Civil Veterinary Department Bihar reports 1936-40 - 1936-1940
Year: 1936
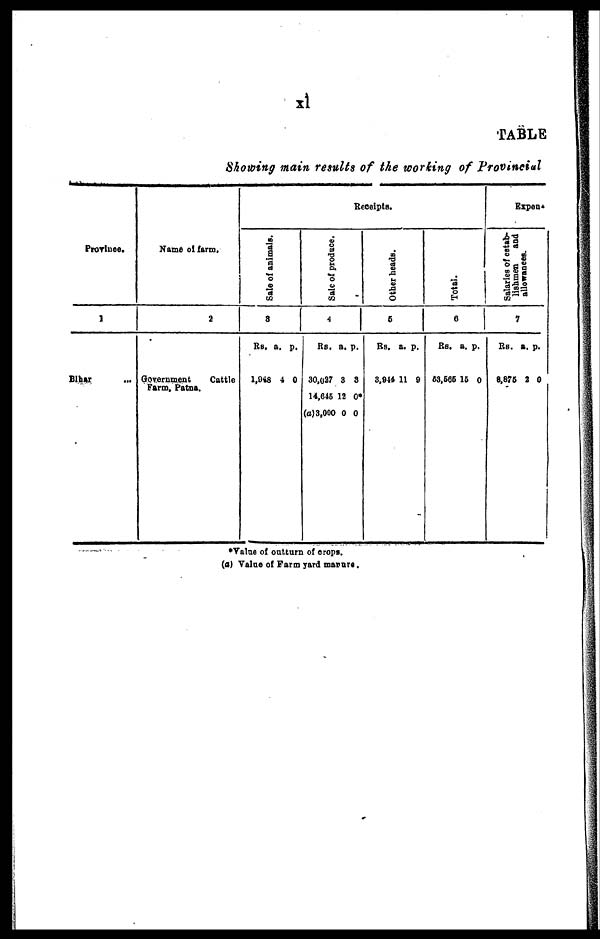
xl
TABLE
Showing main results of the working of Provincial
Province.
1
Bihar
Name of farm.
2
Government
Cattle
Receipts.
Sale
of animals.
8
Rs. a. p.
1,948 4 0
Sale of produce.
4
Rs. a. p.
30,027 3 3
14,645 12 0*
(a) 3,000 0 0
Other heads.
6
Rs. a. p.
3,944 11 9
Total.
6
Rs. a. p.
53,565 15 0
Expen*
Salaries of estab-
lishmen
and
allowances.
7
Rs. a. p.
8,876 2 0
*Value of outturn of crops.
(a) Value of Farm yard marure.